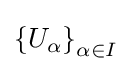
\left\{U_{\alpha }\right\}_{\alpha \in I}